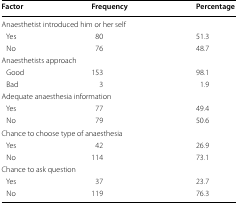
<table><thead><tr><td><b>Factor</b></td><td><b>Frequency</b></td><td><b>Percentage</b></td></tr></thead><tbody><tr><td colspan="3">Anaesthetist introduced him or her self</td></tr><tr><td> Yes</td><td>80</td><td>51.3</td></tr><tr><td> No</td><td>76</td><td>48.7</td></tr><tr><td colspan="3">Anaesthetists approach</td></tr><tr><td> Good</td><td>153</td><td>98.1</td></tr><tr><td> Bad</td><td>3</td><td>1.9</td></tr><tr><td colspan="3">Adequate anaesthesia information</td></tr><tr><td> Yes</td><td>77</td><td>49.4</td></tr><tr><td> No</td><td>79</td><td>50.6</td></tr><tr><td colspan="3">Chance to choose type of anaesthesia</td></tr><tr><td> Yes</td><td>42</td><td>26.9</td></tr><tr><td> No</td><td>114</td><td>73.1</td></tr><tr><td colspan="3">Chance to ask question</td></tr><tr><td> Yes</td><td>37</td><td>23.7</td></tr><tr><td> No</td><td>119</td><td>76.3</td></tr></tbody></table>